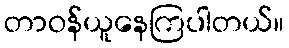
တာဝန်ယူနေကြပါတယ်။